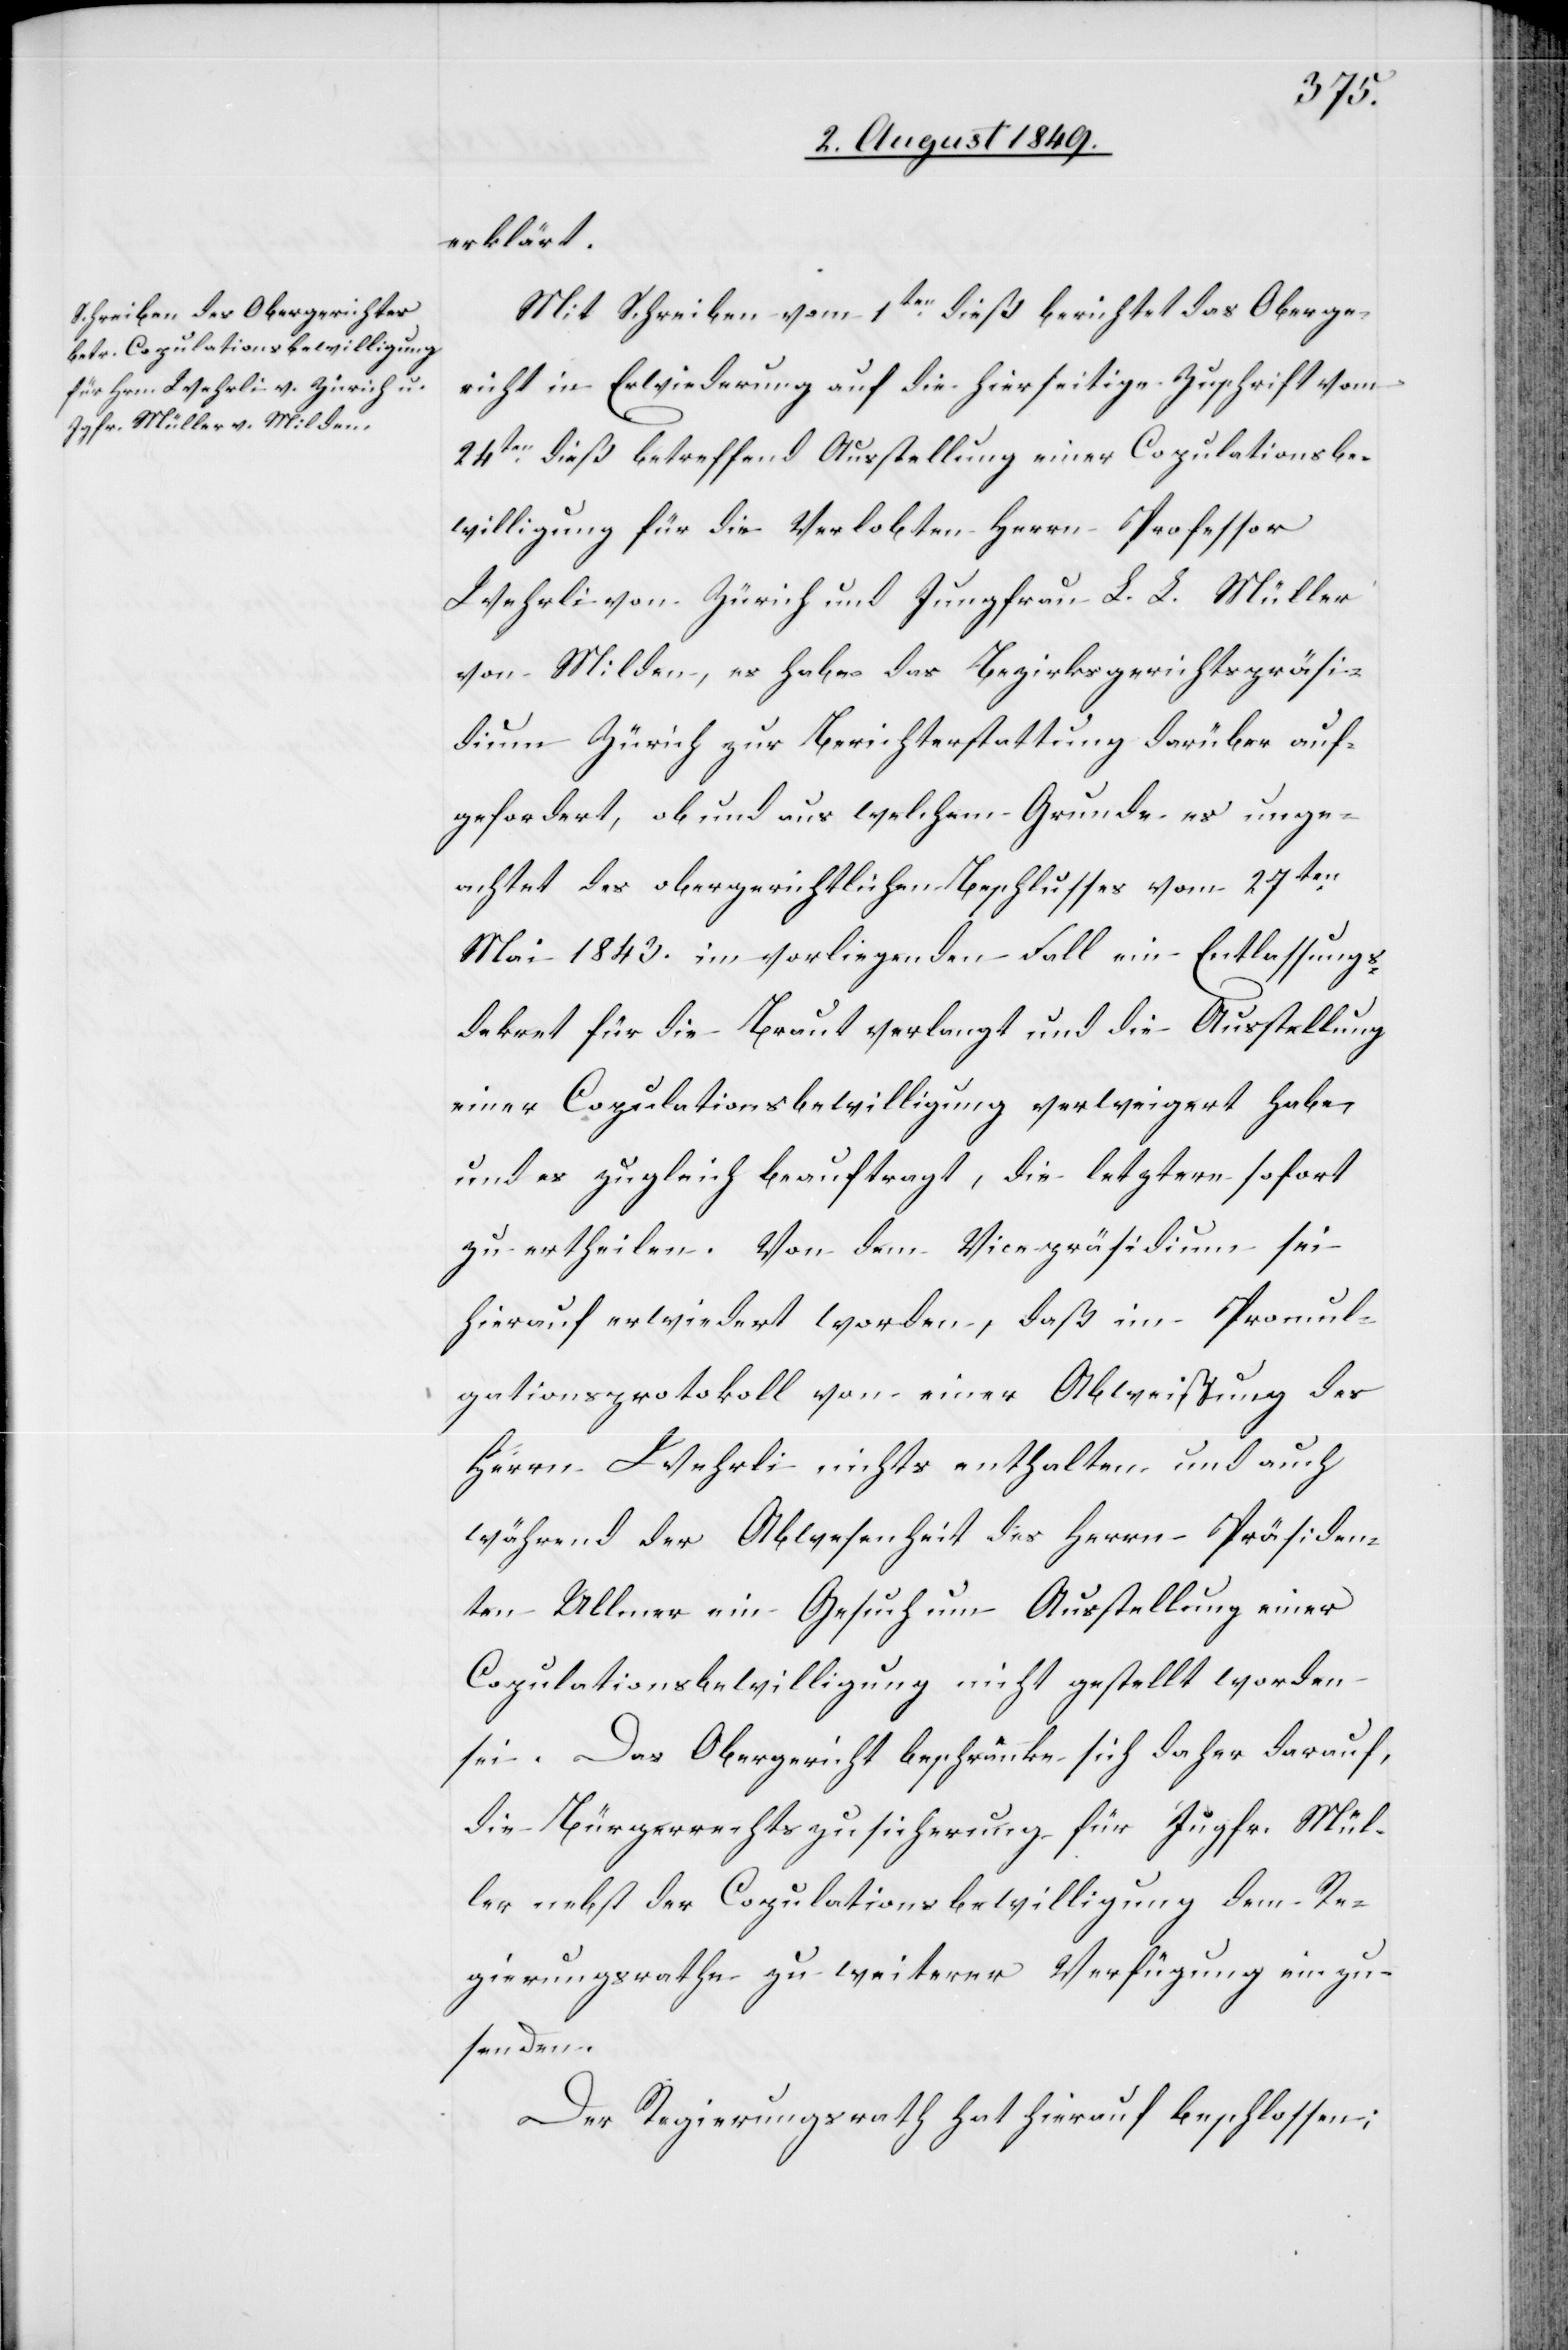
erklärt.
Mit Schreiben vom 1ten dieß berichtet das Oberge¬
richt in Erwiederung auf die hierseitige Zuschrift vom
24ten dieß betreffend Ausstellung einer Copulationsbe¬
willigung für die Verlobten Herrn Professor
Wehrli von Zürich und Jungfrau L. L. Müller
von Milden, es habe das Bezirksgerichtspräsi¬
dium Zürich zur Berichterstattung darüber auf¬
gefordert, ob und aus welchem Grunde es unge¬
achtet des obergerichtlichen Beschlusses vom 27ten
Mai 1843. im vorliegenden Fall ein Entlassungs¬
dekret für die Braut verlangt und die Ausstellung
einer Copulationsbewilligung verweigert habe,
und es zugleich beauftragt, die letztere sofort
zu ertheilen. Von dem Vicepräsidium sei
hierauf erwiedert worden, daß im Promul¬
gationsprotokoll von einer Abweißung des
Herrn Wehrli nichts enthalten und auch
während der Abwesenheit des Herrn Präsiden¬
ten Ullmer ein Gesuch um Ausstellung einer
Copulationsbewilligung nicht gestellt worden
sei. Das Obergericht beschränke sich daher darauf,
die Bürgerrechtszusicherung für Jugfr. Mül¬
ler nebst der Copulationsbewilligung dem Re¬
gierungsrathe zu weiterer Verfügung einzu¬
senden.
Der Regierungsrath hat hierauf beschlossen;